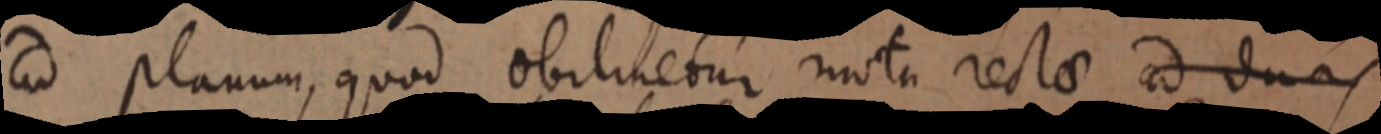
ad planum, quod obilinetur motu rectae ad duas